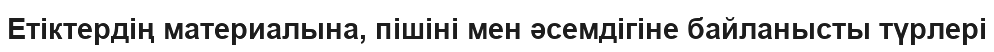
Етіктердің материалына, пішіні мен әсемдігіне байланысты түрлері